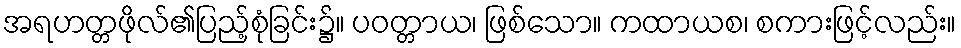
အရဟတ္တဖိုလ်၏ပြည့်စုံခြင်း၌။ ပဝတ္တာယ၊ ဖြစ်သော။ ကထာယစ၊ စကားဖြင့်လည်း။